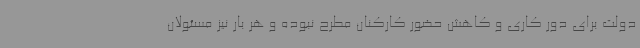
دولت برای دور کاری و کاهش حضور کارکنان مطرح نبوده و هر بار نیز مسئولان